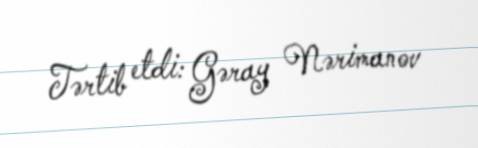
Tərtib etdi: Gəray Nərimanov